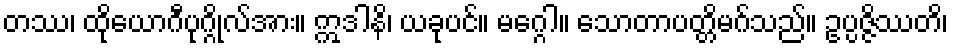
တဿ၊ ထိုယောဂီပုဂ္ဂိုလ်အား။ ဣဒါနိ၊ ယခုပင်။ မဂ္ဂေါ။ သောတာပတ္တိမဂ်သည်။ ဥပ္ပဇ္ဇိဿတိ၊